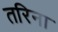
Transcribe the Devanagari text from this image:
तरिना